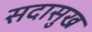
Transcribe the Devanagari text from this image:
सदासुख